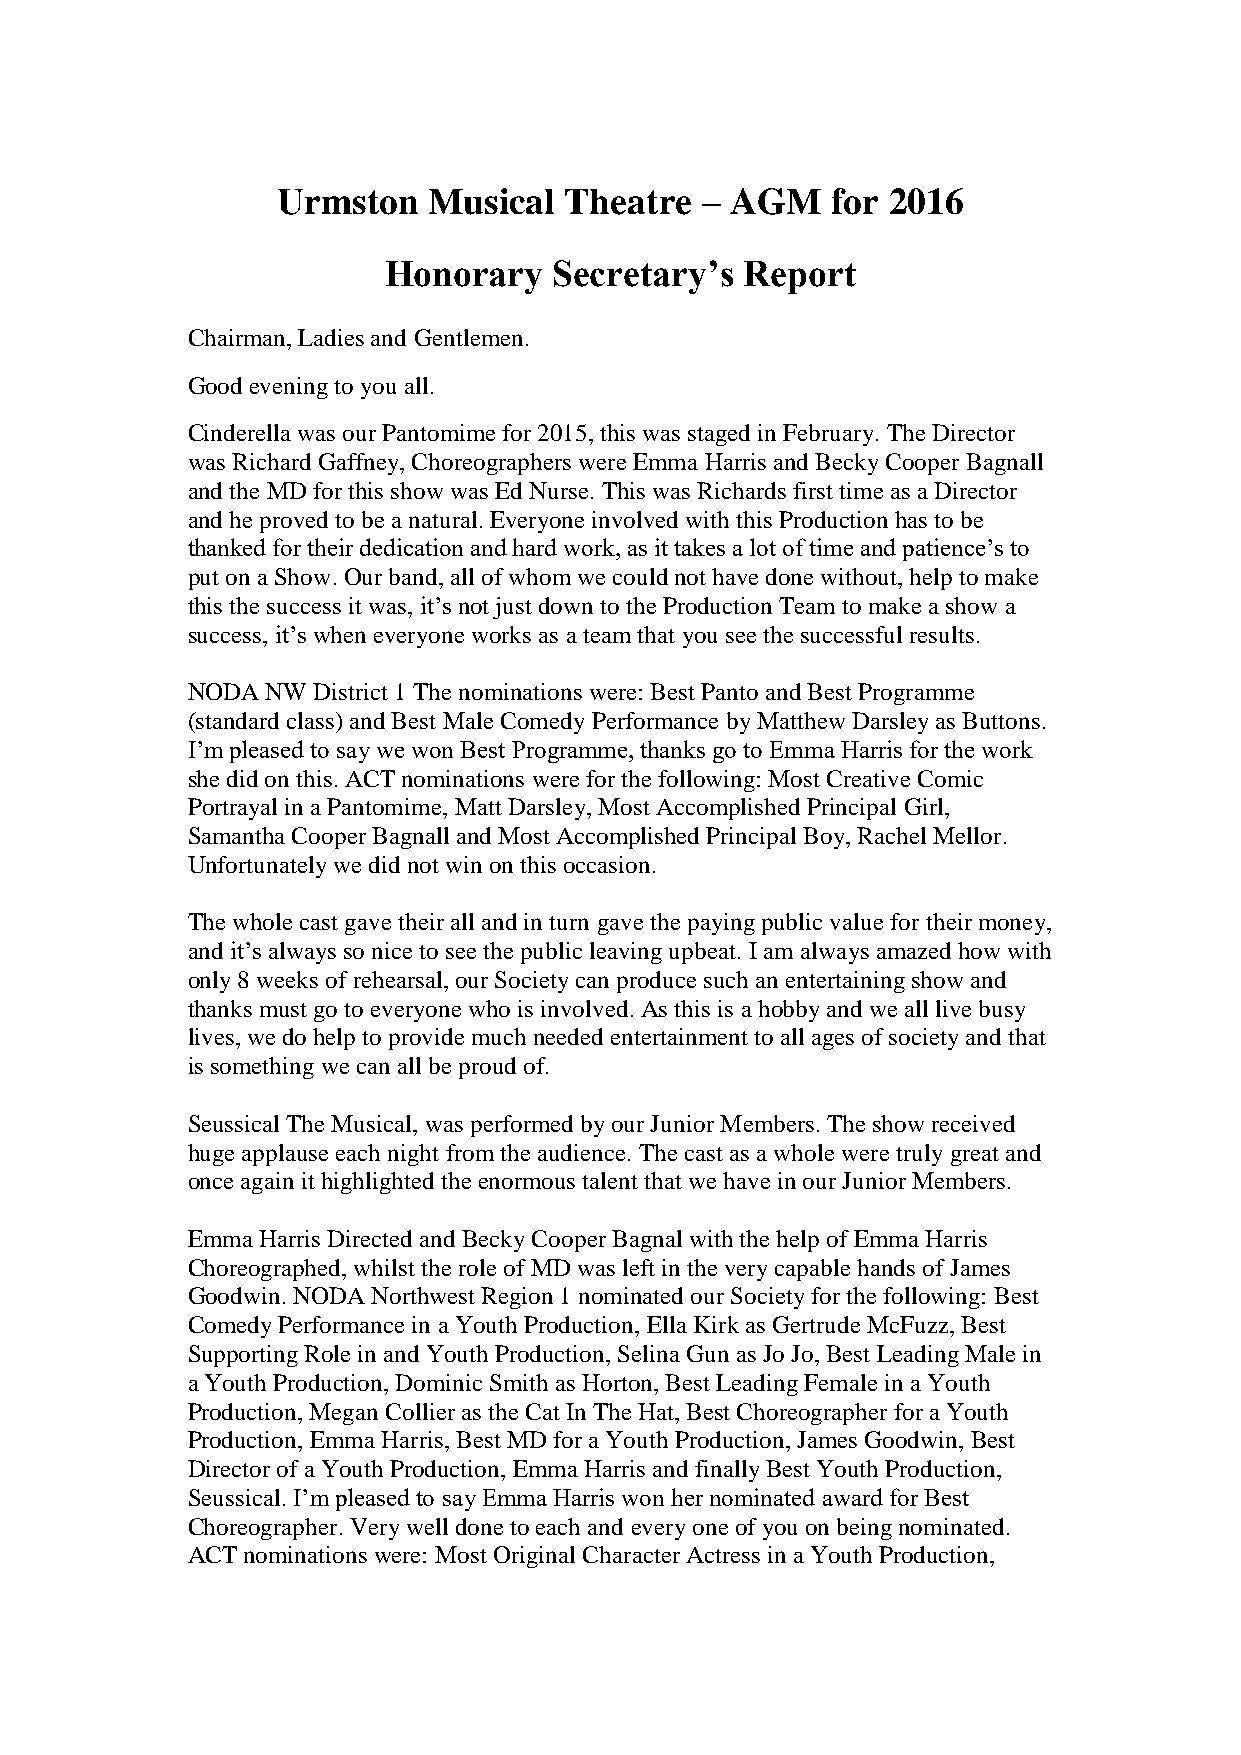
Urmston   Musical  Theatre  – AGM    for 2016
 Honorary    Secretary’s Report
 Chairman, Ladies and Gentlemen.
 Good evening to you all.
 Cinderella was our Pantomime for 2015, this was staged in February. The Director
 was Richard Gaffney, Choreographers were Emma Harris and Becky Cooper Bagnall
 and the MD for this show was Ed Nurse. This was Richards first time as a Director
 and he proved to be a natural. Everyone involved with this Production has to be
 thanked for their dedication and hard work, as it takes a lot of time and patience’s to
 put on a Show. Our band, all of whom we could not have done without, help to make
 this the success it was, it’s not just down to the Production Team to make a show a
 success, it’s when everyone works as a team that you see the successful results.
 NODA  NW District 1 The nominations were: Best Panto and Best Programme
 (standard class) and Best Male Comedy Performance by Matthew Darsley as Buttons.
 I’m pleased to say we won Best Programme, thanks go to Emma Harris for the work
 she did on this. ACT nominations were for the following: Most Creative Comic
 Portrayal in a Pantomime, Matt Darsley, Most Accomplished Principal Girl,
 Samantha Cooper Bagnall and Most Accomplished Principal Boy, Rachel Mellor.
 Unfortunately we did not win on this occasion.
 The whole cast gave their all and in turn gave the paying public value for their money,
 and it’s always so nice to see the public leaving upbeat. I am always amazed how with
 only 8 weeks of rehearsal, our Society can produce such an entertaining show and
 thanks must go to everyone who is involved. As this is a hobby and we all live busy
 lives, we do help to provide much needed entertainment to all ages of society and that
 is something we can all be proud of.
 Seussical The Musical, was performed by our Junior Members. The show received
 huge applause each night from the audience. The cast as a whole were truly great and
 once again it highlighted the enormous talent that we have in our Junior Members.
 Emma Harris Directed and Becky Cooper Bagnal with the help of Emma Harris
 Choreographed, whilst the role of MD was left in the very capable hands of James
 Goodwin. NODA Northwest Region 1 nominated our Society for the following: Best
 Comedy Performance in a Youth Production, Ella Kirk as Gertrude McFuzz, Best
 Supporting Role in and Youth Production, Selina Gun as Jo Jo, Best Leading Male in
 a Youth Production, Dominic Smith as Horton, Best Leading Female in a Youth
 Production, Megan Collier as the Cat In The Hat, Best Choreographer for a Youth
 Production, Emma Harris, Best MD for a Youth Production, James Goodwin, Best
 Director of a Youth Production, Emma Harris and finally Best Youth Production,
 Seussical. I’m pleased to say Emma Harris won her nominated award for Best
 Choreographer. Very well done to each and every one of you on being nominated.
 ACT nominations were: Most Original Character Actress in a Youth Production,